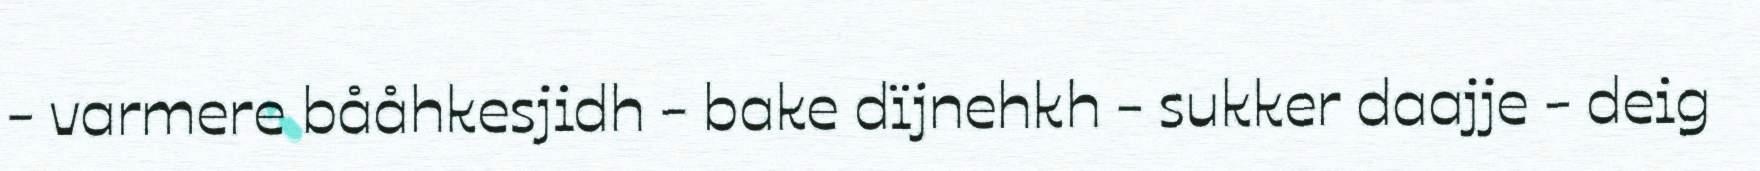
- varmere bååhkesjidh - bake dïjnehkh - sukker daajje - deig